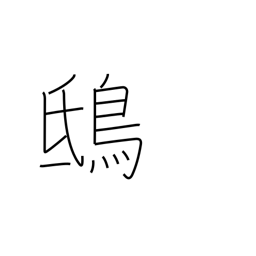
Meaning: kite